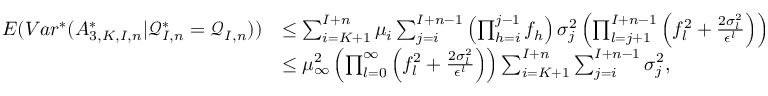
\begin{array} { r l } { E ( V a r ^ { * } ( A _ { 3 , K , I , n } ^ { * } | \mathcal { Q } _ { I , n } ^ { * } = \mathcal { Q } _ { I , n } ) ) } & { \leq \sum _ { i = K + 1 } ^ { I + n } \mu _ { i } \sum _ { j = i } ^ { I + n - 1 } \left( \prod _ { h = i } ^ { j - 1 } f _ { h } \right) \sigma _ { j } ^ { 2 } \left( \prod _ { l = j + 1 } ^ { I + n - 1 } \left( f _ { l } ^ { 2 } + \frac { 2 \sigma _ { l } ^ { 2 } } { \epsilon ^ { l } } \right) \right) } \\ & { \leq \mu _ { \infty } ^ { 2 } \left( \prod _ { l = 0 } ^ { \infty } \left( f _ { l } ^ { 2 } + \frac { 2 \sigma _ { l } ^ { 2 } } { \epsilon ^ { l } } \right) \right) \sum _ { i = K + 1 } ^ { I + n } \sum _ { j = i } ^ { I + n - 1 } \sigma _ { j } ^ { 2 } , } \end{array}